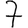
Digit: 7